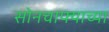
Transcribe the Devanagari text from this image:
सोनचाफ्याच्या